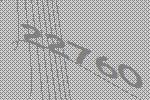
22760